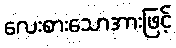
လေးစားသောအားဖြင့်